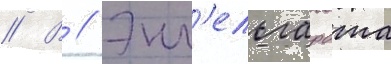
// В // Энг'ельгардта